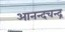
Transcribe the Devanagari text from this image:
आनन्दचन्द्र